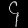
Digit: ၄